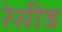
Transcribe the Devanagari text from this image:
रेसीड